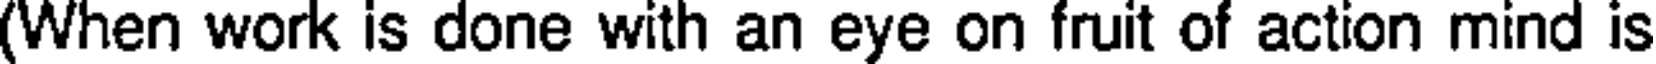
(When work is done with an eye on fruit of action mind is